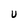
Character: U